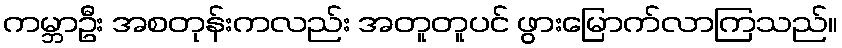
ကမ္ဘာဦး အစတုန်းကလည်း အတူတူပင် ဖွားမြောက်လာကြသည်။